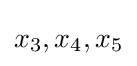
x_{3},x_{4},x_{5}